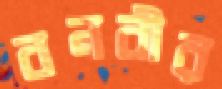
বনবীর